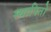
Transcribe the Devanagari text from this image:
स्थापितो